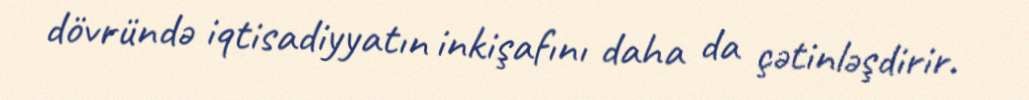
dövründə iqtisadiyyatın inkişafını daha da çətinləşdirir.